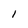
Character: l